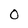
Character: o